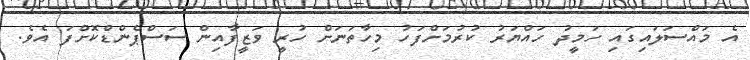
އެ މައްސަލައިގައި ހަމީދު ހައްޔަރު ކުރުމަށްފަހު މިހާތަނަށް ހުރީ ވަޒީފާއިން ސަސްޕެންޑްކޮށްފަ އެވެ.